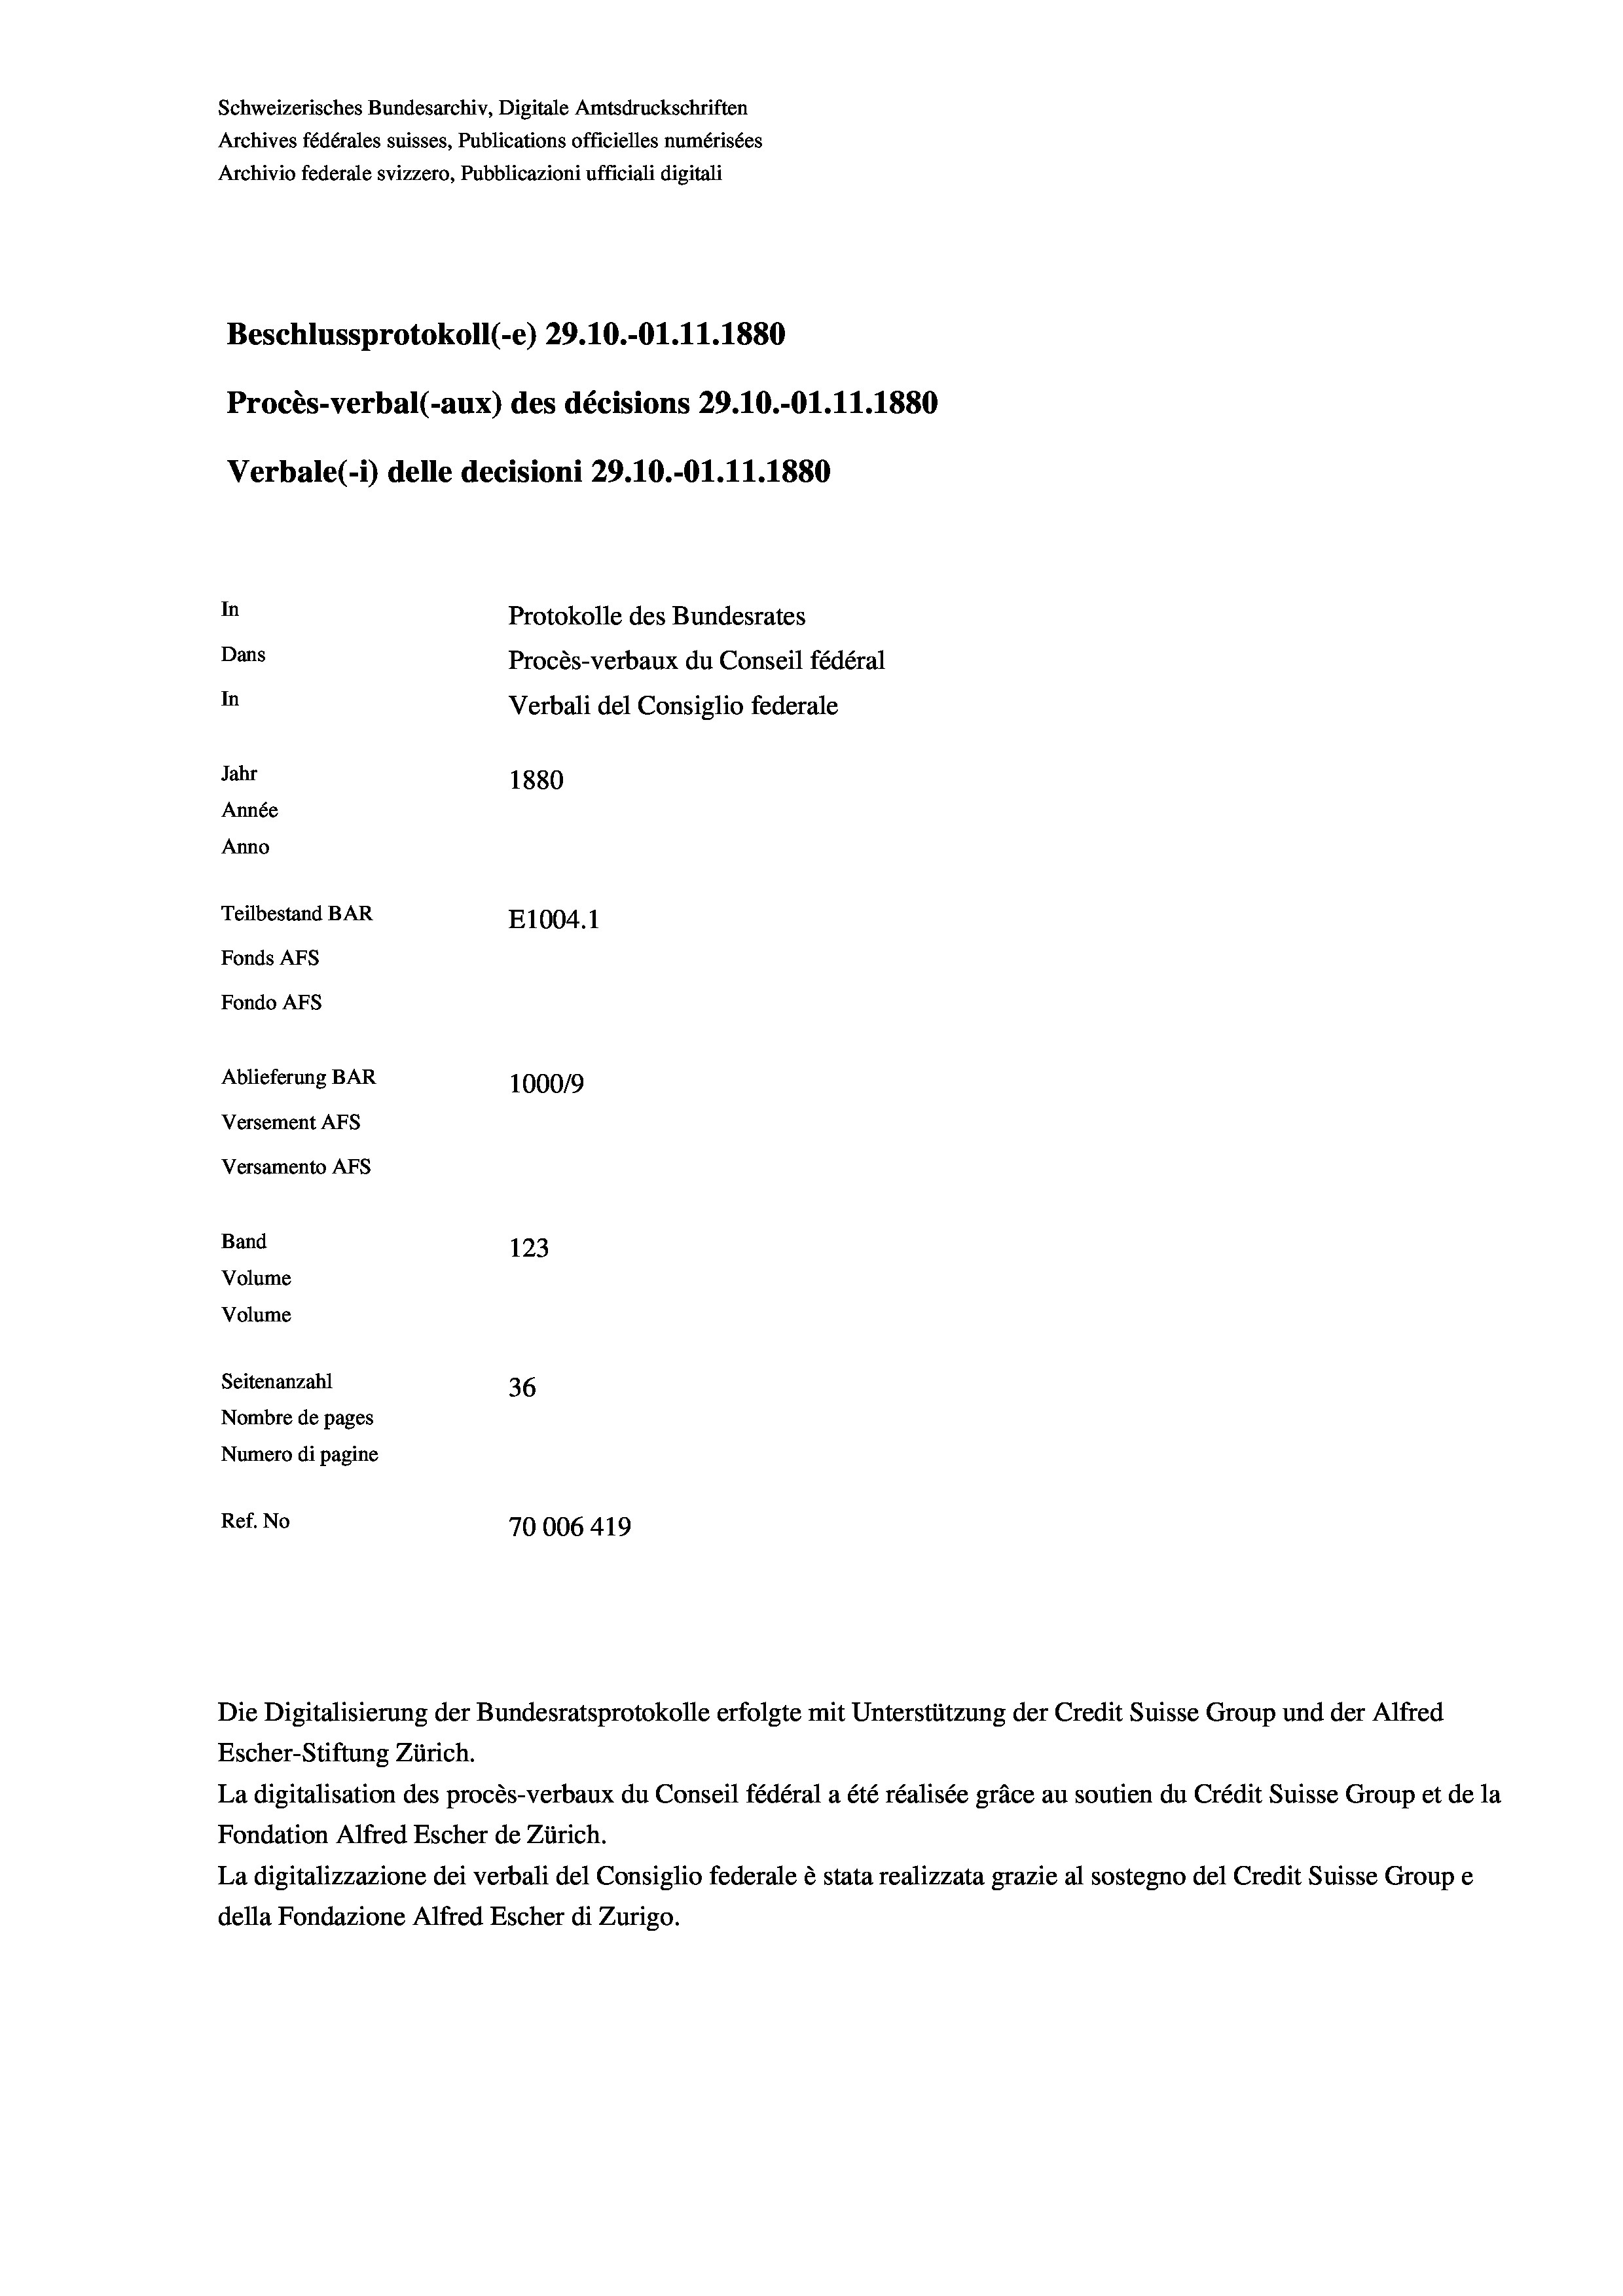
Schweizerisches Bundesarchiv, Digitale Amtsdruckschriften
Archives fédérales suisses, Publications officielles numérisées
Archivio federale svizzero, Pubblicazioni ufficiali digitali
Beschlussprotokoll (-e) 29.10.-O1.11.1880
Procès-verbal (-aux) des décisions 29.10.-Ol.11.1880
Verbale (- 1) delle decisioni 29.10.-Ol.11.1880
In
Protokolle des Bundesrates
Dans
Procès-verbaux du Conseil fédéral
In
Verbali del Consiglio federale
Jahr
1880
Année
Anno
Teilbestand BAR
E1004.1
Fonds AFs
Fondo AFS
Ablieferung BAR
100019
Versement AFs
Versamento Afs
Band
123
Volume
Volume
Seitenanzahl
36
Nombre de pages
Numero di pagine
Ref. No
70006 419

Escher-Stiftung Zürich.
La digitalisation des procès-verbaux du Conseil fédéral a été réalisée gräce au soutien du Crédit Suisse Group et de la
Fondation Alfred Escher de Zürich.
La digitalizzazione dei verbali del Consiglio federale è stata realizzata grazie al sostegno del Credit Suisse Groupe
della Fondazione Alfred Escher di Zurigo.

Die Digitalisierung der Bundesratsprotokolle erfolgte mit Unterstützung der Credit Suisse Group und der Alfred